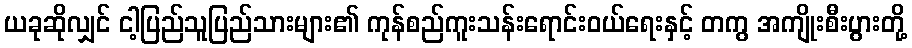
ယခုဆိုလျှင် ငါ့ပြည်သူပြည်သားများ၏ ကုန်စည်ကူးသန်းရောင်းဝယ်ရေးနှင့် တကွ အကျိုးစီးပွားတို့